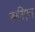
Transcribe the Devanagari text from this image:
स्पनिएल